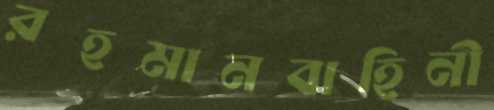
রহমানবাহিনী